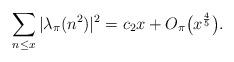
LaTeX: \begin{align*}\sum_{n \leq x}|\lambda_{\pi}(n^2)|^2=c_{2}x+O_{\pi}\big(x^{\frac{4}{5}}\big).\end{align*}